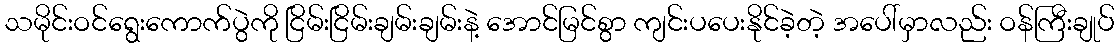
သမိုင်းဝင်ရွေးကောက်ပွဲကို ငြိမ်းငြိမ်းချမ်းချမ်းနဲ့ အောင်မြင်စွာ ကျင်းပပေးနိုင်ခဲ့တဲ့ အပေါ်မှာလည်း ဝန်ကြီးချုပ်